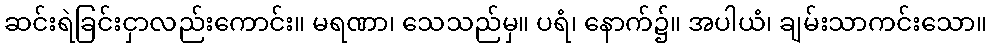
ဆင်းရဲခြင်းငှာလည်းကောင်း။ မရဏာ၊ သေသည်မှ။ ပရံ၊ နောက်၌။ အပါယံ၊ ချမ်းသာကင်းသော။